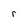
Character: r